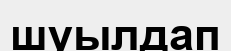
шуылдап